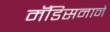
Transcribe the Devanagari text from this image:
मॅडिसनाने